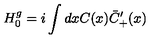
H _ { 0 } ^ { g } = i \int d x C ( x ) \bar { C } _ { + } ^ { \prime } ( x )